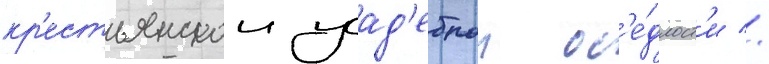
кр'естьянскои усад'ебнои ос'е́длост'и //